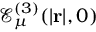
\mathcal { E } _ { \mu } ^ { ( 3 ) } ( | \mathbf { r } | , 0 )